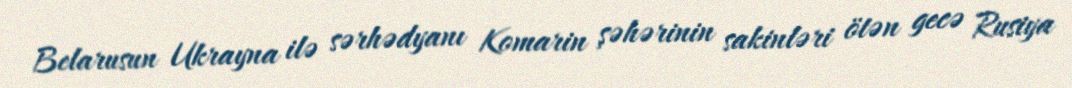
Belarusun Ukrayna ilə sərhədyanı Komarin şəhərinin sakinləri ötən gecə Rusiya